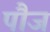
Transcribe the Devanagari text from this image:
पौज